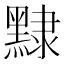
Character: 𪑠